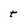
Character: t